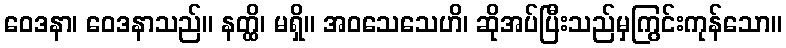
ဝေဒနာ၊ ဝေဒနာသည်။ နတ္ထိ၊ မရှိ။ အဝသေသေဟိ၊ ဆိုအပ်ပြီးသည်မှကြွင်းကုန်သော။